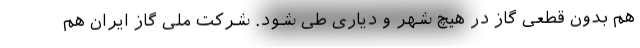
هم بدون قطعی گاز در هیچ شهر و دیاری طی شود. شرکت ملی گاز ایران هم